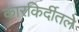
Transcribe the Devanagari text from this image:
कारकिर्दीतले